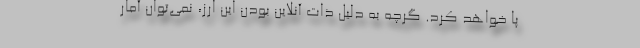
پا خواهد کرد. گرچه به دلیل ذات آنلاین بودن این ارز، نمی‌توان آمار